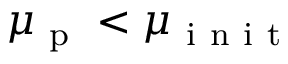
\mu _ { \mathrm { ~ p ~ } } < \mu _ { \mathrm { ~ i ~ n ~ i ~ t ~ } }